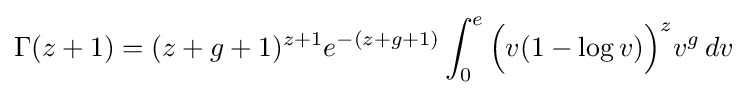
\Gamma (z+1)=(z+g+1)^{z+1}e^{-(z+g+1)}\int _{0}^{e}{\Big (}v(1-\log v){\Big )}^{z}v^{g}\,dv